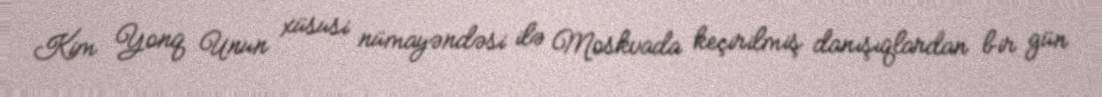
Kim Yonq Unun xüsusi nümayəndəsi ilə Moskvada keçirilmiş danışıqlardan bir gün